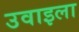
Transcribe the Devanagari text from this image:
उवाइला